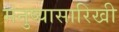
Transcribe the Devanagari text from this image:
मनुष्यासारिखी